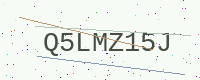
Text: Q5LMZ15J